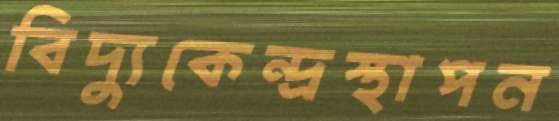
বিদ্যুকেন্দ্রস্থাপন